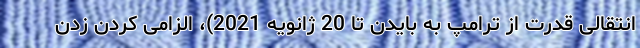
انتقالی قدرت از ترامپ به بایدن تا 20 ژانویه 2021)، الزامی کردن زدن